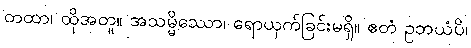
တထာ၊ ထိုအတူ။ အသမ္မိဿော၊ ရောယှက်ခြင်းမရှိ။ ဧတံ ဥဘယံပိ၊